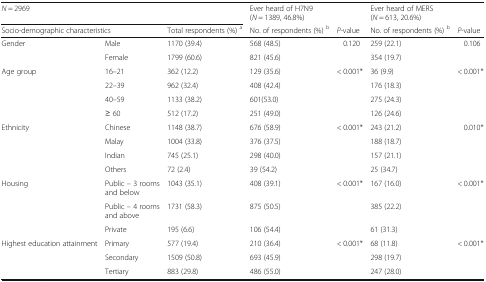
<table><thead><tr><td colspan="3"><b><i>N</i> = 2969</b></td><td><b>Ever heard of H7N9 (<i>N</i> = 1389, 46.8%)</b></td><td>[EMPTY_CELL]</td><td><b>Ever heard of MERS (<i>N</i> = 613, 20.6%)</b></td><td>[EMPTY_CELL]</td></tr><tr><td colspan="2"><b>Socio-demographic characteristics</b></td><td><b>Total respondents (%) <sup>a</sup></b></td><td><b>No. of respondents (%) <sup>b</sup></b></td><td><b><i>P</i>-value</b></td><td><b>No. of respondents (%) <sup>b</sup></b></td><td><b><i>P</i>-value</b></td></tr></thead><tbody><tr><td rowspan="2">Gender</td><td>Male</td><td>1170 (39.4)</td><td>568 (48.5)</td><td rowspan="2">0.120</td><td>259 (22.1)</td><td rowspan="2">0.106</td></tr><tr><td>Female</td><td>1799 (60.6)</td><td>821 (45.6)</td><td>354 (19.7)</td></tr><tr><td rowspan="4">Age group</td><td>16–21</td><td>362 (12.2)</td><td>129 (35.6)</td><td rowspan="4">&lt; 0.001*</td><td>36 (9.9)</td><td rowspan="4">&lt; 0.001*</td></tr><tr><td>22–39</td><td>962 (32.4)</td><td>408 (42.4)</td><td>176 (18.3)</td></tr><tr><td>40–59</td><td>1133 (38.2)</td><td>601(53.0)</td><td>275 (24.3)</td></tr><tr><td>≥ 60</td><td>512 (17.2)</td><td>251 (49.0)</td><td>126 (24.6)</td></tr><tr><td rowspan="4">Ethnicity</td><td>Chinese</td><td>1148 (38.7)</td><td>676 (58.9)</td><td rowspan="4">&lt; 0.001*</td><td>243 (21.2)</td><td rowspan="4">0.010*</td></tr><tr><td>Malay</td><td>1004 (33.8)</td><td>376 (37.5)</td><td>188 (18.7)</td></tr><tr><td>Indian</td><td>745 (25.1)</td><td>298 (40.0)</td><td>157 (21.1)</td></tr><tr><td>Others</td><td>72 (2.4)</td><td>39 (54.2)</td><td>25 (34.7)</td></tr><tr><td rowspan="3">Housing</td><td>Public – 3 rooms and below</td><td>1043 (35.1)</td><td>408 (39.1)</td><td rowspan="3">&lt; 0.001*</td><td>167 (16.0)</td><td rowspan="3">&lt; 0.001*</td></tr><tr><td>Public – 4 rooms and above</td><td>1731 (58.3)</td><td>875 (50.5)</td><td>385 (22.2)</td></tr><tr><td>Private</td><td>195 (6.6)</td><td>106 (54.4)</td><td>61 (31.3)</td></tr><tr><td rowspan="3">Highest education attainment</td><td>Primary</td><td>577 (19.4)</td><td>210 (36.4)</td><td rowspan="3">&lt; 0.001*</td><td>68 (11.8)</td><td rowspan="3">&lt; 0.001*</td></tr><tr><td>Secondary</td><td>1509 (50.8)</td><td>693 (45.9)</td><td>298 (19.7)</td></tr><tr><td>Tertiary</td><td>883 (29.8)</td><td>486 (55.0)</td><td>247 (28.0)</td></tr></tbody></table>